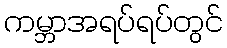
ကမ္ဘာအရပ်ရပ်တွင်